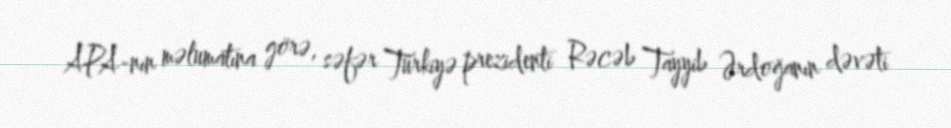
APA-nın məlumatına görə, səfər Türkiyə prezidenti Rəcəb Tayyib Ərdoğanın dəvəti